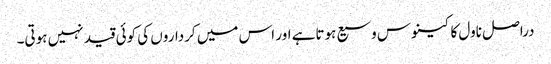
دراصل ناول کا کینوس وسیع ہوتاہے اور اس میں کرداروں کی کوئی قید نہیں ہوتی۔